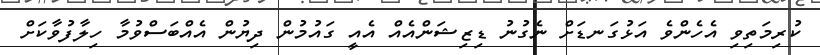
ކުރިމަތިވި އެހެންވެ އަޅުގަނޑަށް ނެގުނު ޑިޒިޝަންއެއް އެއީ ގައުމުން ދިޔުން އެއްބަސްވުމާ ހިލާފުވާކަށް